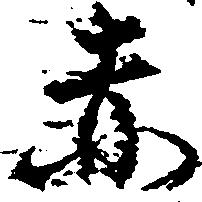
赤